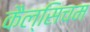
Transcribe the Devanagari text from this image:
कैल्सिचम